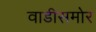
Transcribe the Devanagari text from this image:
वाडीसमोर